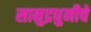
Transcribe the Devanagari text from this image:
सामुद्रधुनीचे